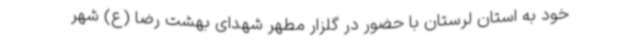
خود به استان لرستان با حضور در گلزار مطهر شهدای بهشت رضا (ع) شهر